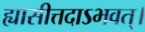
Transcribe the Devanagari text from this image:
ह्यासीत्तदाऽभवत्।